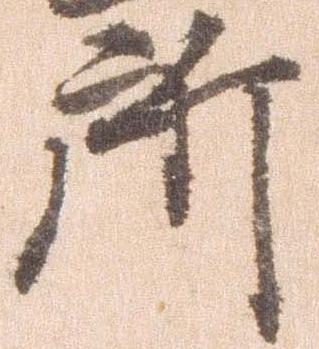
所